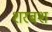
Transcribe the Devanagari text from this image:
शरबश